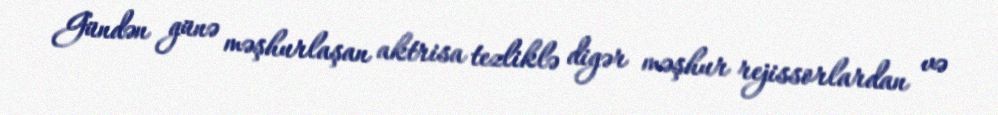
Gündən günə məşhurlaşan aktrisa tezliklə digər məşhur rejissorlardan və